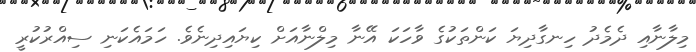
މިލާނާއި ދެމެދު ހިނގާދިޔަ ކަންތަކުގެ ވާހަކަ އޭނާ މިލްނާއަށް ކިޔައިދިނެވެ. ހަމައެކަނި ސިއްރުކުރީ